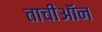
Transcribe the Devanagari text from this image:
ताचीऑन